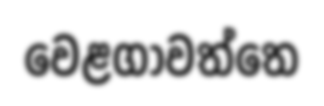
වෙළගාවත්තෙ